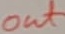
Text: out